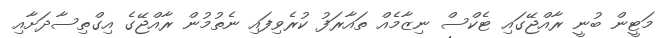
މަޓީން ބުނީ ރާއްޖޭގައި ޓެކްސް ނިޒާމެއް ތައާރަފު ކުރެވިފައި ނެތުމުން ރާއްޖޭގެ އިގްތިސާދަށާއި